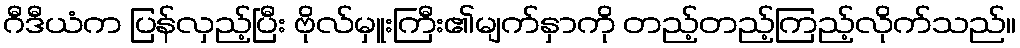
ဂီဒီယံက ပြန်လှည့်ပြီး ဗိုလ်မှူးကြီး၏မျက်နှာကို တည့်တည့်ကြည့်လိုက်သည်။